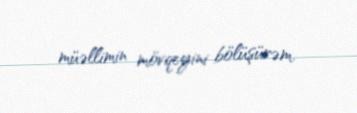
müəllimin mövqeyini bölüşürəm.